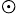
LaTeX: _{\odot}